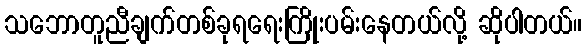
သဘောတူညီချက်တစ်ခုရရေးကြိုးပမ်းနေတယ်လို့ ဆိုပါတယ်။